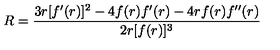
R = { \frac { 3 r [ f ^ { \prime } ( r ) ] ^ { 2 } - 4 f ( r ) f ^ { \prime } ( r ) - 4 r f ( r ) f ^ { \prime \prime } ( r ) } { 2 r [ f ( r ) ] ^ { 3 } } }